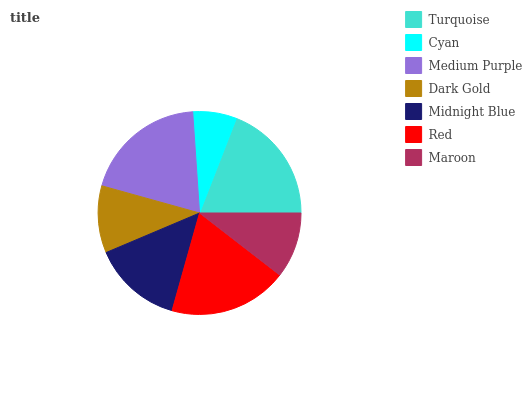
| Turquoise | Cyan | Medium Purple | Dark Gold | Midnight Blue | Red | Maroon |
 | --- | --- | --- | --- | --- | --- | --- |
 | 19.1% | 6.98% | 19.6% | 10.7% | 14.3% | 18.9% | 10.5% |